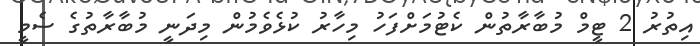
އިތުރު 2 ޓީމް މުބާރާތުން ކެޓުމަށްފަހު މިހާރު ކުޅެވެމުން މިދަނީ މުބާރާތުގެ ސެމީ